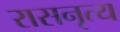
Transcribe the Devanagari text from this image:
रासनृत्य